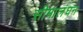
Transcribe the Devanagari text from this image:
सीमालंघन